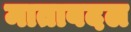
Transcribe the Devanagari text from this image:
माताबदल